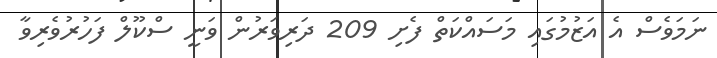
ނަމަވެސް އެ އަޒުމުގައި މަސައްކަތް ފެށި 209 ދަރިވަރުން ވަނީ ސްކޫލް ފަހުރުވެރިވާ